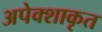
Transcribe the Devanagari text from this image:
अपेक्शाकृत